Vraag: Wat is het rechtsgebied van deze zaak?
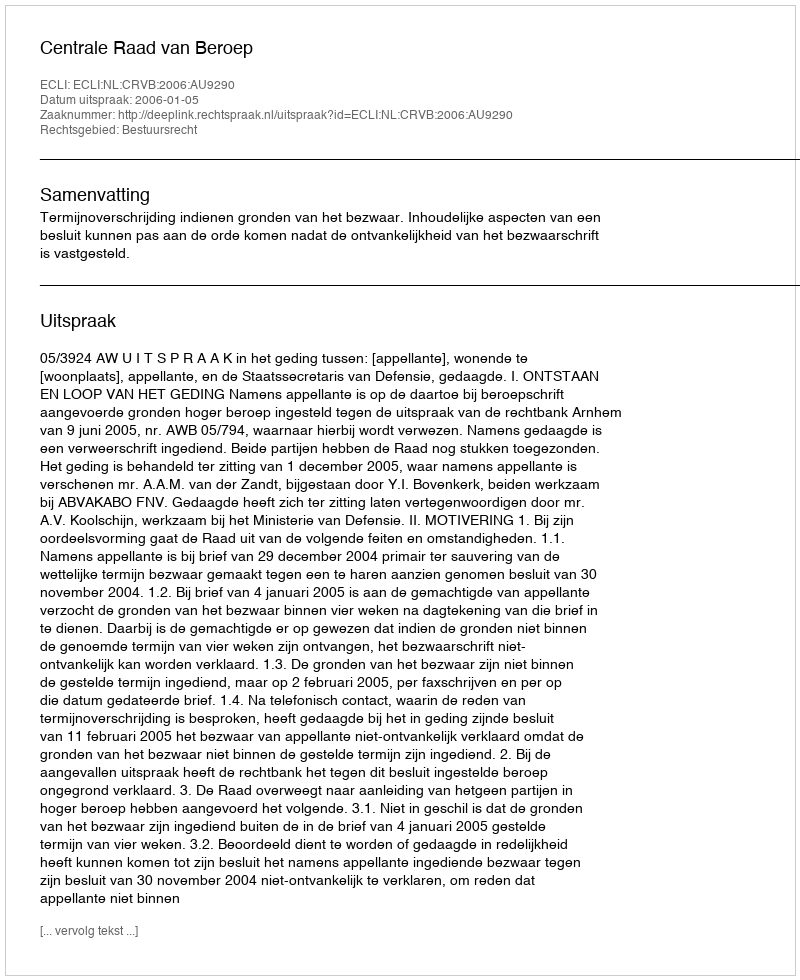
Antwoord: Bestuursrecht